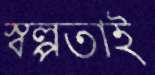
স্বল্পতাই